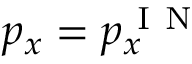
p _ { x } = p _ { x } ^ { \mathrm { ~ I ~ N ~ } }